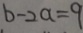
b - 2 a = 9